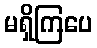
မရှိကြပေ